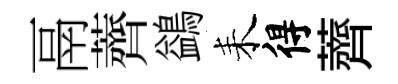
鬲薺鷁耒得薺